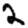
Digit: 2